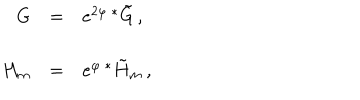
\begin{array} { r c l } { { G } } & { { = } } & { { e ^ { 2 \varphi } \, { } ^ { * } \tilde { G } \, , } } \\ { { } } & { { } } & { { } } \\ { { H _ { m } } } & { { = } } & { { e ^ { \varphi } \, { } ^ { * } \tilde { H } _ { m } \, , } } \\ \end{array}